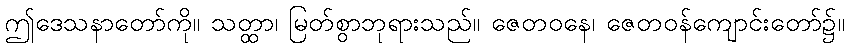
ဤဒေသနာတော်ကို။ သတ္ထာ၊ မြတ်စွာဘုရားသည်။ ဇေတဝနေ၊ ဇေတဝန်ကျောင်းတော်၌။